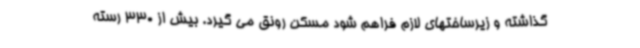
گذاشته و زیرساختهای لازم فراهم شود مسکن رونق می گیرد. بیش از 330 رسته